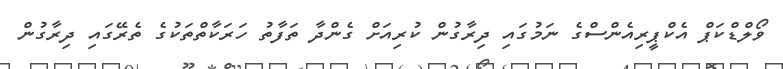
ވޯލްޑްކަޕް އެކްޕީރިއެންސްގެ ނަމުގައި ދިރާގުން ކުރިއަށް ގެންދާ ތަފާތު ހަރަކާތްތަކުގެ ތެރޭގައި ދިރާގުން